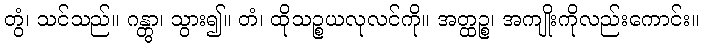
တွံ၊ သင်သည်။ ဂန္တွာ၊ သွား၍။ တံ၊ ထိုသဉ္စယလုလင်ကို။ အတ္ထဉ္စ၊ အကျိုးကိုလည်းကောင်း။